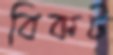
বিকট